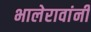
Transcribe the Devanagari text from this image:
भालेरावांनी